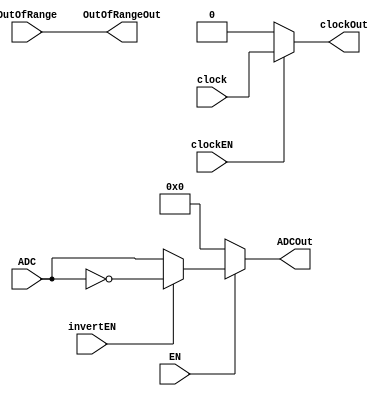
//8192 Levels per side (+ve,-ve)
//2Vpk-pk max in//

module ADDA(
input 			clock,				//clock
input [13:0] 	ADC,					//ADDA GPIO
input 			OutOfRange,			//OUT OF RANGE INDICATOR
input 			EN,					//CHANNEL ENABLE PIN
input				clockEN,				//CLOCK ENABLE
input				invertEN,			//INVERT OUTPUT
output [13:0] 	ADCOut,				
output 			OutOfRangeOut,
output			clockOut
);

localparam signd = 0;
wire [13:0] signalOut;
assign clockOut = (clockEN == 1) ? clock : 0;
assign signalOut = (invertEN == 1) ? ~ADC : ADC;
assign ADCOut = (EN == 1) ? signalOut : 0;
assign OutOfRangeOut = OutOfRange;

endmodule